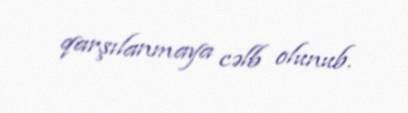
qarşılanmaya cəlb olunub.